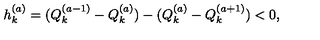
h _ { k } ^ { ( a ) } = ( Q _ { k } ^ { ( a - 1 ) } - Q _ { k } ^ { ( a ) } ) - ( Q _ { k } ^ { ( a ) } - Q _ { k } ^ { ( a + 1 ) } ) < 0 ,